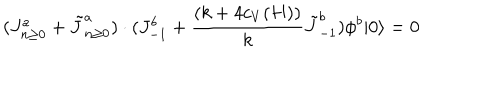
( J _ { n \ge 0 } ^ { a } + \tilde { J } _ { n \ge 0 } ^ { a } ) \cdot ( J _ { - 1 } ^ { b } + { \frac { ( k + 4 c _ { V } ( H ) ) } { k } } \tilde { J } _ { - 1 } ^ { b } ) \phi ^ { b } | 0 \rangle = 0